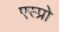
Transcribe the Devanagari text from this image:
एस्प्रो